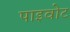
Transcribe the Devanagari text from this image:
पाइवोट